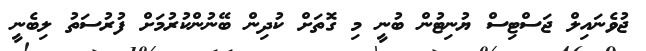
ޖުވެނައިލް ޖަސްޓިސް ޔުނިޓުން ބުނީ މި ގޮތަށް ކުދިން ބޭނުންކުރުމަށް ފުރުސަތު ލިބެނީ